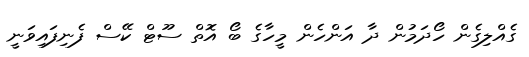
ގެއްލިގެން ހޯދަމުން ދާ އަންހެން މީހާގެ ބޯ އޮތް ސޫޓް ކޭސް ފެނިފައިވަނީ